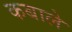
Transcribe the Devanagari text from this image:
कबाले